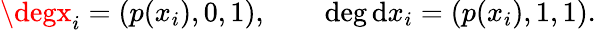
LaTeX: \degx_{i}=(p(x_{i}),0,1),\qquad\deg\mathrm{d}x_{i}=(p(x_{i}),1,1).